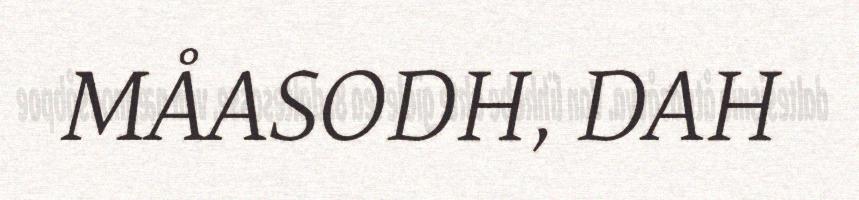
MÅASODH, DAH